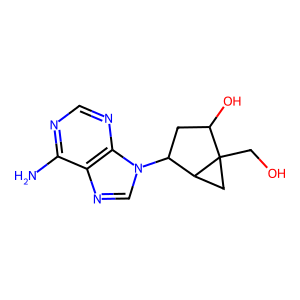
SMILES: Nc1ncnc2c1ncn2C1CC(O)C2(CO)CC12
Inhibits HIV replication: No